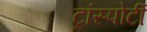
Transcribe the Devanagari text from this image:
ट्रांस्पोर्टी